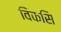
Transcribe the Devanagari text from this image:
विकसि